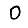
Digit: 0